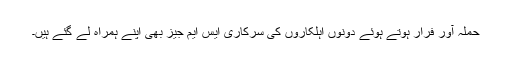
حملہ آور فرار ہوتے ہوئے دونوں اہلکاروں کی سرکاری ایس ایم جیز بھی اپنے ہمراہ لے گئے ہیں۔